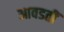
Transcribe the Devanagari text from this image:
आवडतीं